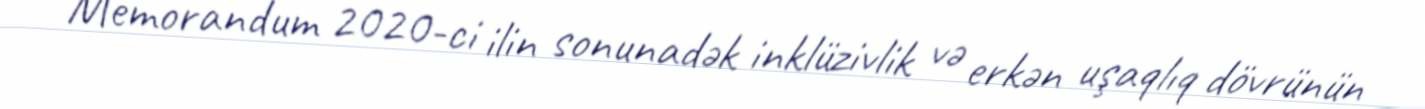
Memorandum 2020-ci ilin sonunadək inklüzivlik və erkən uşaqlıq dövrünün